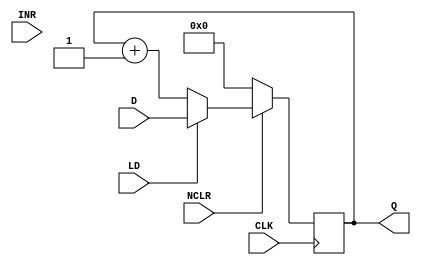
`timescale 1ns / 1ps

module reg_16(
    input       [15:0]  D,
    output reg  [15:0]  Q,
    input               CLK,
    input               NCLR,
    input               LD,
    input               INR
    );
    
    initial begin
        Q <= 0;
    end
    
    always @ (posedge CLK)
        if (!NCLR)
            Q <= 0;
            else begin
                if(LD)
                    Q <= D;
                else
                    Q <= Q + 1;
            end
endmodule